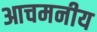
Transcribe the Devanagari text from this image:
आचमनीय